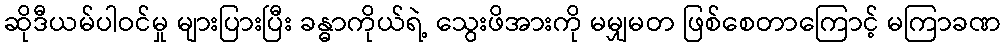
ဆိုဒီယမ်ပါဝင်မှု များပြားပြီး ခန္ဓာကိုယ်ရဲ့ သွေးဖိအားကို မမျှမတ ဖြစ်စေတာကြောင့် မကြာခဏ